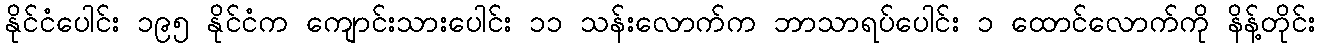
နိုင်ငံပေါင်း ၁၉၅ နိုင်ငံက ကျောင်းသားပေါင်း ၁၁ သန်းလောက်က ဘာသာရပ်ပေါင်း ၁ ထောင်လောက်ကို နိန့်တိုင်း